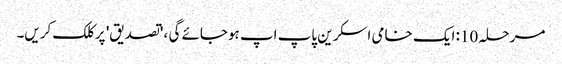
مرحلہ 10: ایک خامی اسکرین پاپ اپ ہوجائے گی ، 'تصدیق' پر کلک کریں۔